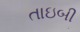
તાઇબી